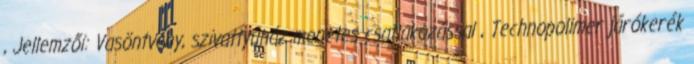
, Jellemzői: Vasöntvény, szivattyúház menetes csatlakozással , Technopolimer járókerék